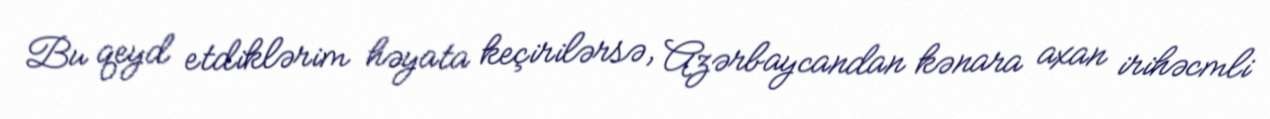
Bu qeyd etdiklərim həyata keçirilərsə, Azərbaycandan kənara axan irihəcmli